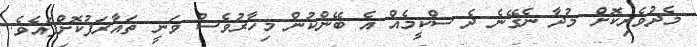
މެދުވެރިކޮށް މުދާ ނެގޭނެ ދެ ސްކީމެއް އެ ބޭންކުން މިހާރުވެސް ވަނީ ތައާރަފުކޮށްފައެވެ.